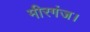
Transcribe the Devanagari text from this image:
मीरगंज।